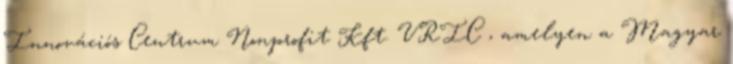
Innovációs Centrum Nonprofit Kft. VRIC , amelyen a Magyar